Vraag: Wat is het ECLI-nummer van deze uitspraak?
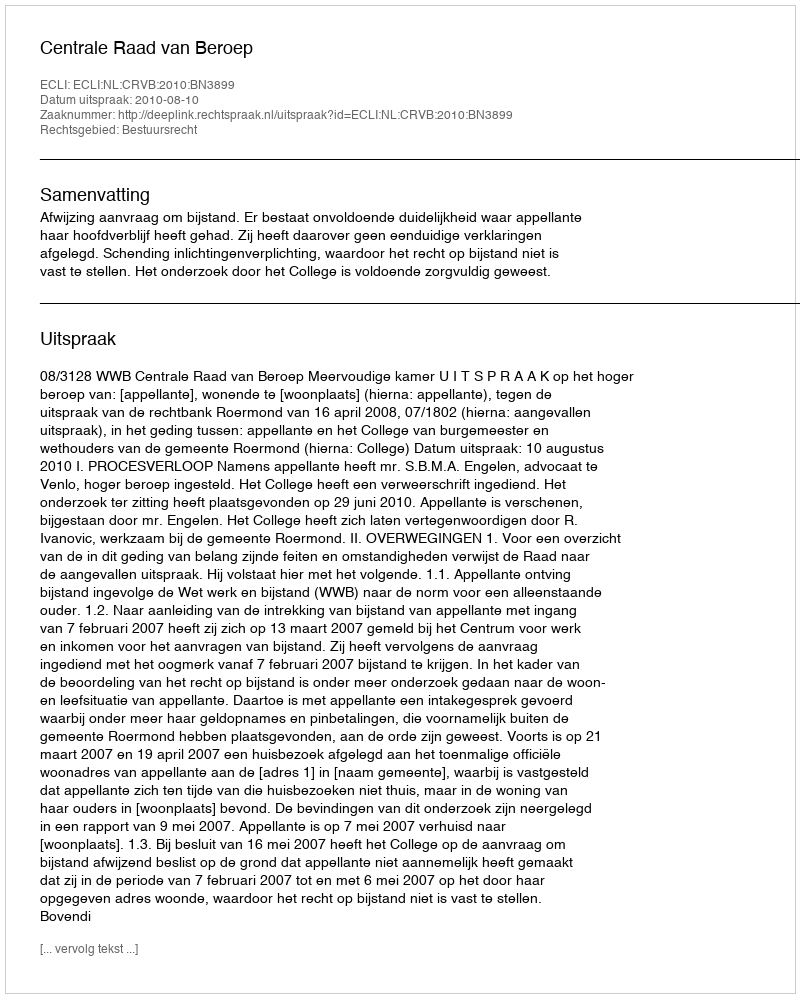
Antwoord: ECLI:NL:CRVB:2010:BN3899